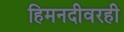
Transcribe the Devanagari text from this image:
हिमनदीवरही